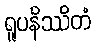
ရူပနိဿိတံ